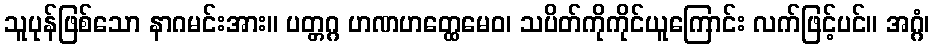
သူပုန်ဖြစ်သော နာဂမင်းအား။ ပတ္တဂ္ဂ ဟဏဟတ္ထေမေဝ၊ သပိတ်ကိုကိုင်ယူကြောင်း လက်ဖြင့်ပင်။ အဂ္ဂံ၊